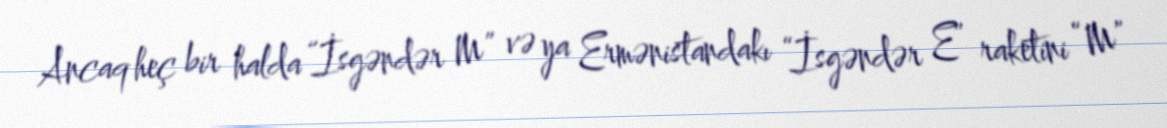
Ancaq heç bir halda “İsgəndər M” və ya Ermənistandakı “İsgəndər E” raketini “M”